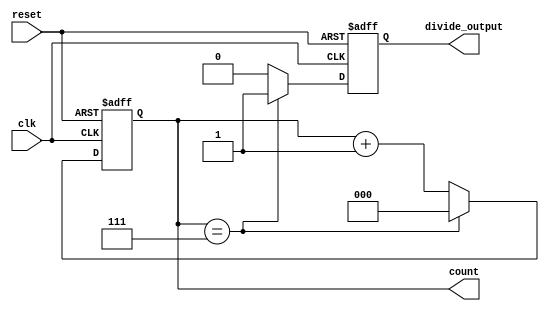
module divide_by_n_counter #(
    parameter N = 8  // Parameter to set the divide factor (default is 8)
)(
    input wire clk,          // Clock input
    input wire reset,        // Asynchronous reset
    output reg [clog2(N)-1:0] count, // Current count value
    output reg divide_output  // Output signal that goes high when count reaches N
);

    // Function to calculate the log base 2 of N
    function integer clog2;
        input integer value;
        begin
            value = value - 1;
            for (clog2 = 0; value > 0; clog2 = clog2 + 1)
                value = value >> 1;
        end
    endfunction

    // Counter process
    always @(posedge clk or posedge reset) begin
        if (reset) begin
            count <= 0;           // Reset the counter to 0
            divide_output <= 0;   // Reset divide output
        end else begin
            if (count == (N - 1)) begin
                count <= 0;       // Reset counter to 0 when N is reached
                divide_output <= 1; // Set divide output high
            end else begin
                count <= count + 1; // Increment counter
                divide_output <= 0;   // Keep divide output low
            end
        end
    end

endmodule